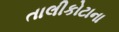
તાલીકોટાના